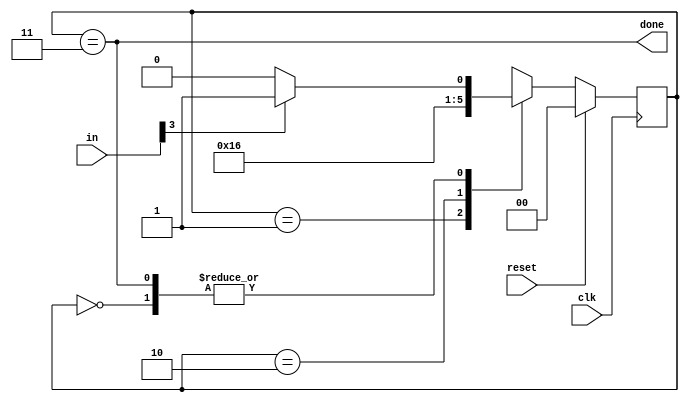
module top_module(
    input clk,
    input [7:0] in,
    input reset,    // Synchronous reset
    output done); //
    localparam [1:0] idle = 0, second_state = 1, third_state = 2, done_state = 3;
    reg [1:0] state, next_state;
    // State transition logic (combinational)
    always @(*) begin
        case(state)
            idle : next_state = in[3] ? second_state : idle;
            second_state : next_state = third_state;
            third_state : next_state = done_state;
            done_state : next_state = in[3] ? second_state : idle;
        endcase
    end
    // State flip-flops (sequential)
    always @(posedge clk) begin
        if (reset) state <= idle;
        else state <= next_state;
    end
    // Output logic
    assign done = (state==done_state);
endmodule